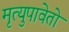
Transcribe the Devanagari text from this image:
मृत्युपावेतो